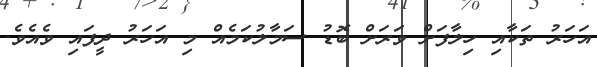
އަހަރު ތަކާއި ހިލާފަށް ވަރަށް ބޮޑު ސަމާލުކަމެއް މި އަހަރު ދީފައި ވެއެވެ.